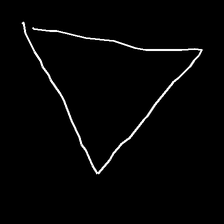
Glyph: convergence